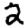
Digit: 2